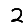
Digit: 2